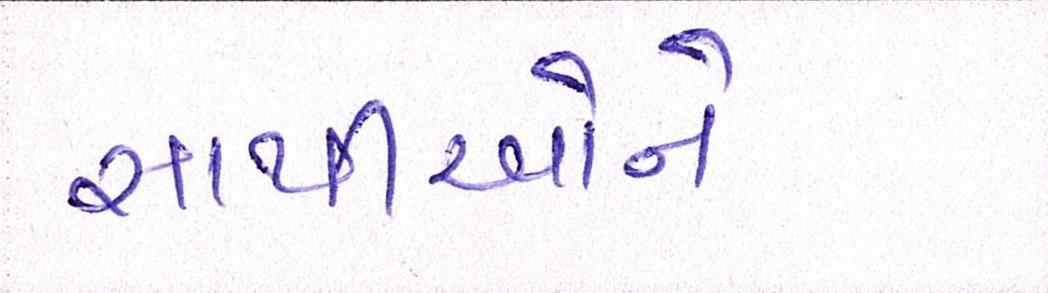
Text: સાથીઓને